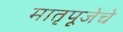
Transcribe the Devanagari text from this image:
मातृपूजेचे